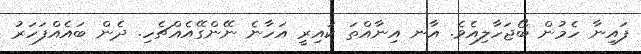
ފައިނާ ހެމުން ބޯޖަހާލިއެވެ. އާނ އިނާއްތަ ކައިރީ އަހާނެ ނޭންގޭއެއްޗެހި. ދެން ބައެއްފަހަރު